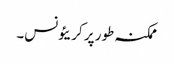
ممکنہ طور پر کریئونس۔